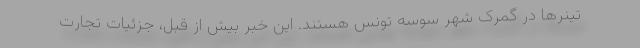
تینرها در گمرک شهر سوسه تونس هستند. این خبر بیش از قبل، جزئیات تجارت